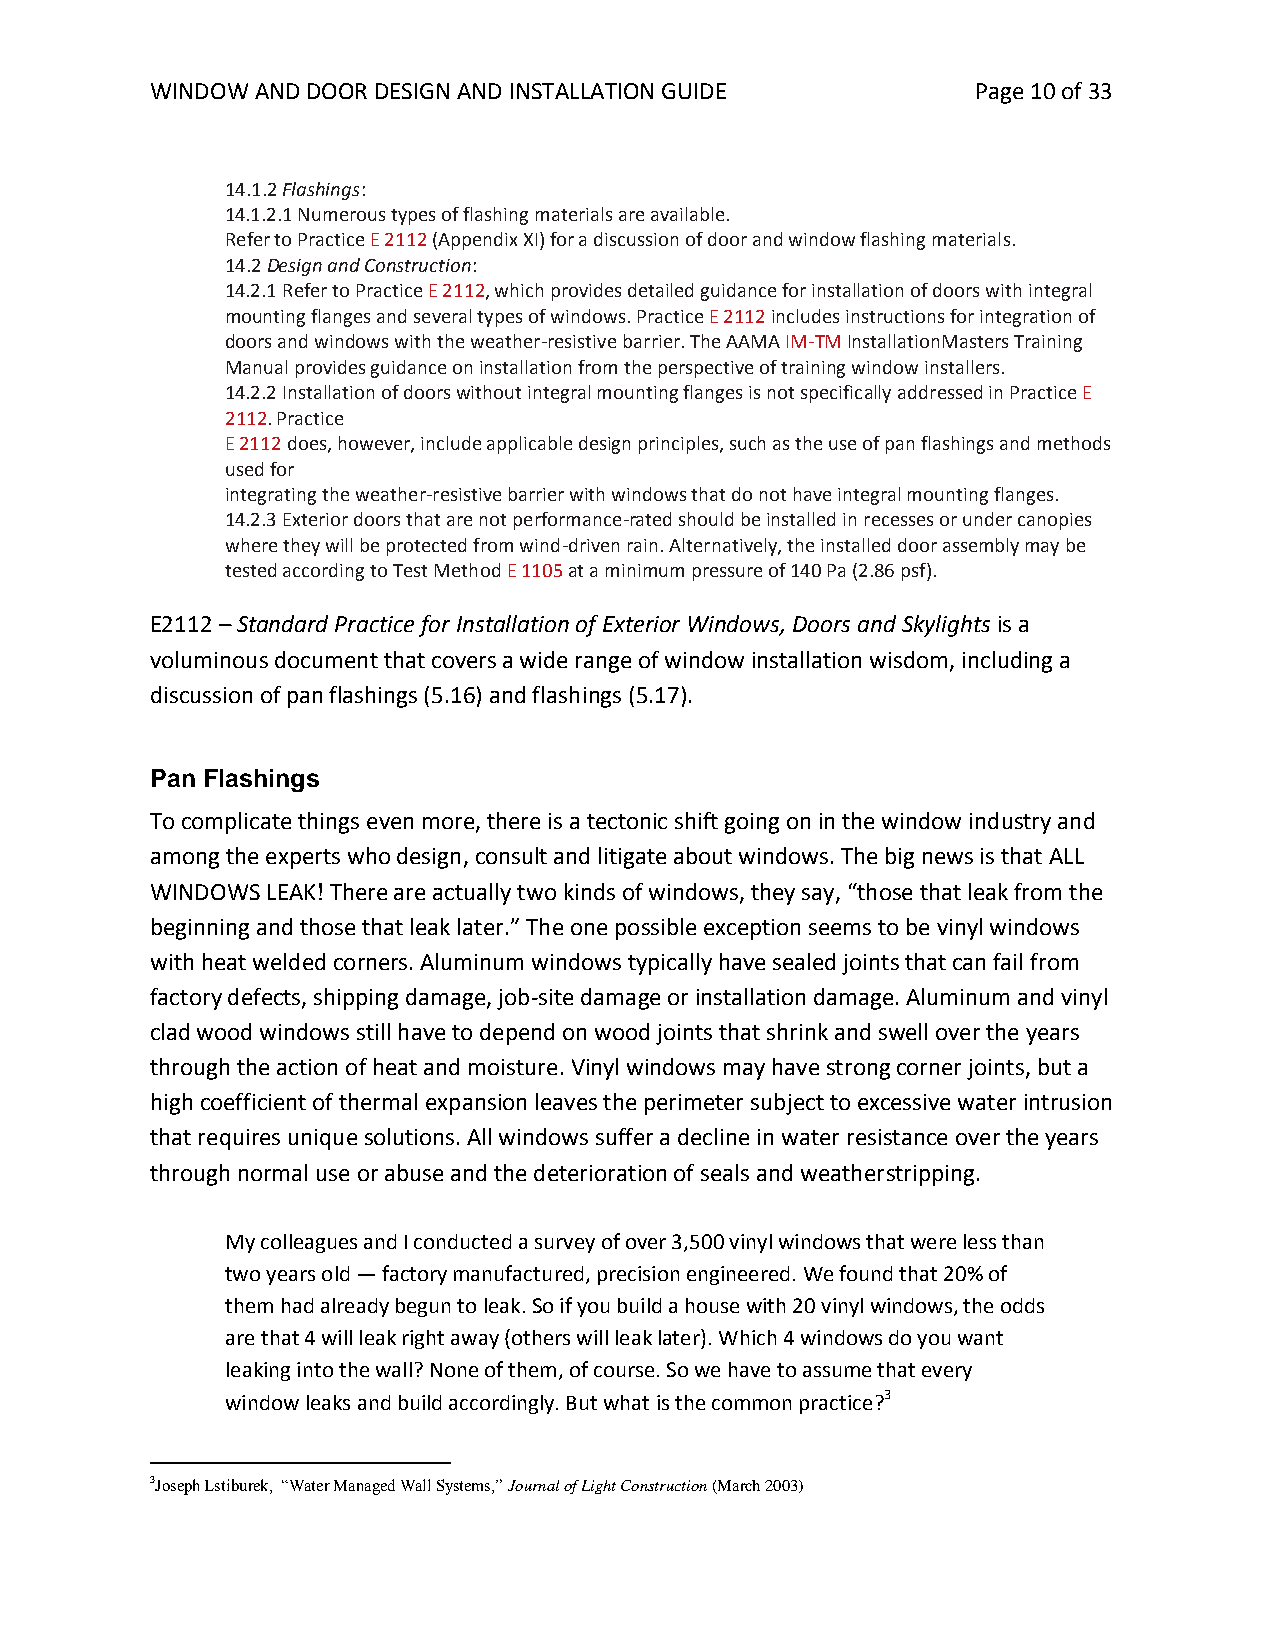
WINDOW AND DOOR DESIGN AND INSTALLATION GUIDE          Page 10 of 33
 14.1.2 Flashings:
 14.1.2.1 Numerous types of flashing materials are available.
 Refer to Practice E 2112 (Appendix XI) for a discussion of door and window flashing materials.
 14.2 Design and Construction:
 14.2.1 Refer to Practice E 2112, which provides detailed guidance for installation of doors with integral
 mounting flanges and several types of windows. Practice E 2112 includes instructions for integration of
 doors and windows with the weather-resistive barrier. The AAMA IM-TM InstallationMasters Training
 Manual provides guidance on installation from the perspective of training window installers.
 14.2.2 Installation of doors without integral mounting flanges is not specifically addressed in Practice E
 2112. Practice
 E 2112 does, however, include applicable design principles, such as the use of pan flashings and methods
 used for
 integrating the weather-resistive barrier with windows that do not have integral mounting flanges.
 14.2.3 Exterior doors that are not performance-rated should be installed in recesses or under canopies
 where they will be protected from wind-driven rain. Alternatively, the installed door assembly may be
 tested according to Test Method E 1105 at a minimum pressure of 140 Pa (2.86 psf).
 E2112 – Standard Practice for Installation of Exterior Windows, Doors and Skylights is a
 voluminous document that covers a wide range of window installation wisdom, including a
 discussion of pan flashings (5.16) and flashings (5.17).
 Pan Flashings
 To complicate things even more, there is a tectonic shift going on in the window industry and
 among the experts who design, consult and litigate about windows. The big news is that ALL
 WINDOWS LEAK! There are actually two kinds of windows, they say, “those that leak from the
 beginning and those that leak later.” The one possible exception seems to be vinyl windows
 with heat welded corners. Aluminum windows typically have sealed joints that can fail from
 factory defects, shipping damage, job-site damage or installation damage. Aluminum and vinyl
 clad wood windows still have to depend on wood joints that shrink and swell over the years
 through the action of heat and moisture. Vinyl windows may have strong corner joints, but a
 high coefficient of thermal expansion leaves the perimeter subject to excessive water intrusion
 that requires unique solutions. All windows suffer a decline in water resistance over the years
 through normal use or abuse and the deterioration of seals and weatherstripping.
 My colleagues and I conducted a survey of over 3,500 vinyl windows that were less than
 two years old — factory manufactured, precision engineered. We found that 20% of
 them had already begun to leak. So if you build a house with 20 vinyl windows, the odds
 are that 4 will leak right away (others will leak later). Which 4 windows do you want
 leaking into the wall? None of them, of course. So we have to assume that every
 window leaks and build accordingly. But what is the common practice?3
 3Joseph Lstiburek, “Water Managed Wall Systems,” Journal of Light Construction (March 2003)